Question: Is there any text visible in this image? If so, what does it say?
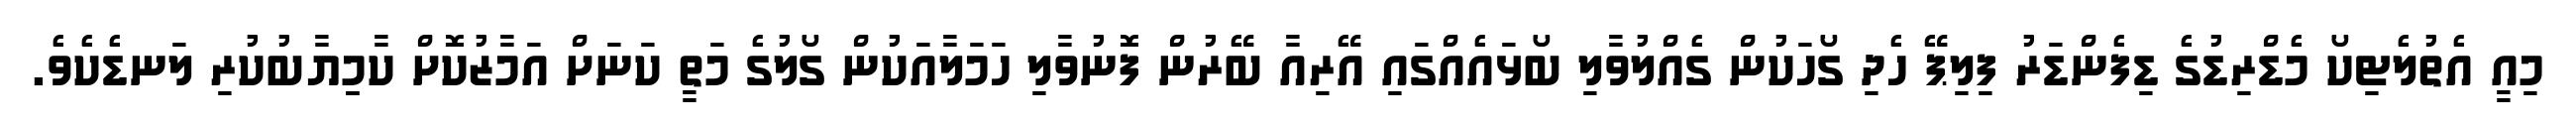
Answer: މިއީ އެތުލެޓިކޯ މެޑްރިޑުގެ ޑިފެންޑަރު ފިލިޕޭ ހެދި ގޯހަކުން ގެއްލުވާލި ބޯޅައެއްގައި އޭރިއާ ބޭރުން ފޮނުވާލި ހަމަލާއަކުން ގޯލުގެ މަތީ ކަނަށް އަމާޒުކޮށް ކާމިިޔާބުކުރި ލަނޑެކެވެ.